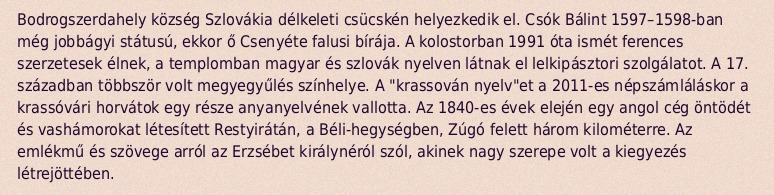
Bodrogszerdahely község Szlovákia délkeleti csücskén helyezkedik el. Csók Bálint 1597–1598-ban még jobbágyi státusú, ekkor ő Csenyéte falusi bírája. A kolostorban 1991 óta ismét ferences szerzetesek élnek, a templomban magyar és szlovák nyelven látnak el lelkipásztori szolgálatot. A 17. században többször volt megyegyűlés színhelye. A "krassován nyelv"et a 2011-es népszámláláskor a krassóvári horvátok egy része anyanyelvének vallotta. Az 1840-es évek elején egy angol cég öntödét és vashámorokat létesített Restyirátán, a Béli-hegységben, Zúgó felett három kilométerre. Az emlékmű és szövege arról az Erzsébet királynéról szól, akinek nagy szerepe volt a kiegyezés létrejöttében.